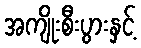
အကျိုးစီးပွားနှင့်